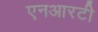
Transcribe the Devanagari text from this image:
एनआरटी